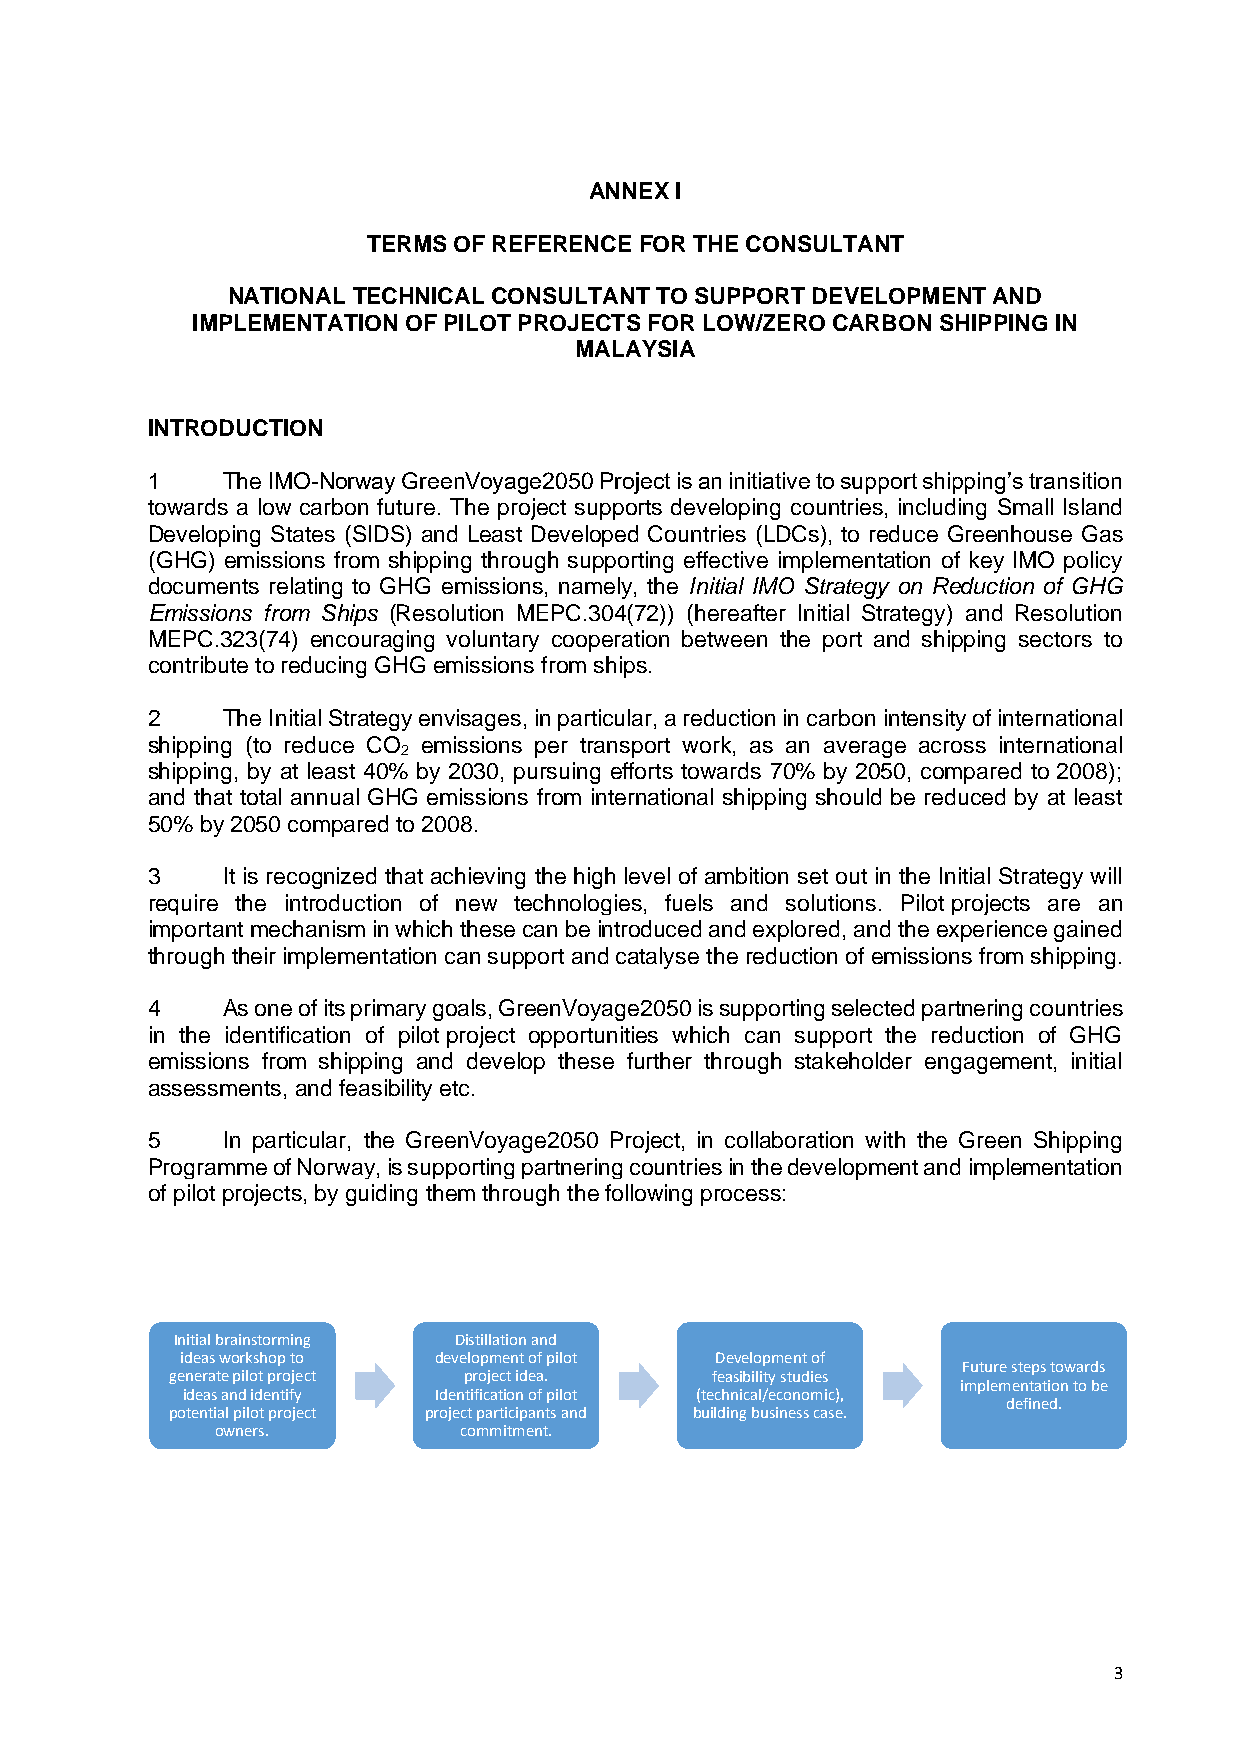
ANNEX I
 TERMS OF REFERENCE FOR THE CONSULTANT
 NATIONAL TECHNICAL CONSULTANT TO SUPPORT DEVELOPMENT AND
 IMPLEMENTATION OF PILOT PROJECTS FOR LOW/ZERO CARBON SHIPPING IN
 MALAYSIA
 INTRODUCTION
 1    The IMO-Norway GreenVoyage2050 Project is an initiative to support shipping’s transition
 towards a low carbon future. The project supports developing countries, including Small Island
 Developing States (SIDS) and Least Developed Countries (LDCs), to reduce Greenhouse Gas
 (GHG) emissions from shipping through supporting effective implementation of key IMO policy
 documents relating to GHG emissions, namely, the Initial IMO Strategy on Reduction of GHG
 Emissions from Ships (Resolution MEPC.304(72)) (hereafter Initial Strategy) and Resolution
 MEPC.323(74) encouraging voluntary cooperation between the port and shipping sectors to
 contribute to reducing GHG emissions from ships.
 2    The Initial Strategy envisages, in particular, a reduction in carbon intensity of international
 shipping (to reduce CO emissions per transport work, as an average across international
 2
 shipping, by at least 40% by 2030, pursuing efforts towards 70% by 2050, compared to 2008);
 and that total annual GHG emissions from international shipping should be reduced by at least
 50% by 2050 compared to 2008.
 3    It is recognized that achieving the high level of ambition set out in the Initial Strategy will
 require the introduction of new technologies, fuels and solutions. Pilot projects are an
 important mechanism in which these can be introduced and explored, and the experience gained
 through their implementation can support and catalyse the reduction of emissions from shipping.
 4    As one of its primary goals, GreenVoyage2050 is supporting selected partnering countries
 in the identification of pilot project opportunities which can support the reduction of GHG
 emissions from shipping and develop these further through stakeholder engagement, initial
 assessments, and feasibility etc.
 5    In particular, the GreenVoyage2050 Project, in collaboration with the Green Shipping
 Programme of Norway, is supporting partnering countries in the development and implementation
 of pilot projects, by guiding them through the following process:
 Initial brainstorming Distillation and
 ideas workshop to development of pilot Development of
 Future steps towards
 generate pilot project project idea. feasibility studies
 implementation to be
 ideas and identify Identification of pilot (technical/economic),
 defined.
 potential pilot project project participants and building business case.
 owners.         commitment.
 3